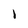
Character: I